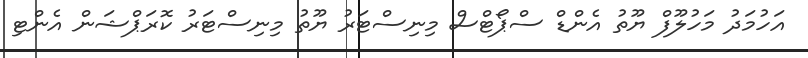
އަހުމަދު މަހުލޫފް ޔޫތު އެންޑް ސްޕޯޓްސް މިނިސްޓަރު ޔޫތު މިނިސްޓަރު ކޮރަޕްޝަން އެންޓި